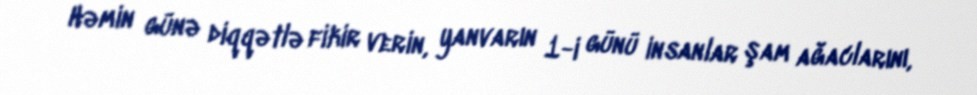
Həmin günə diqqətlə fikir verin, yanvarın 1-i günü insanlar şam ağaclarını,